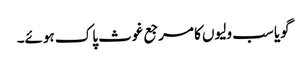
گویا سب ولیوں کا مرجع غوث پاک ہوئے۔